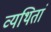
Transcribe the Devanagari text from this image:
व्यथितां